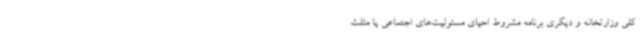
کلی وزارتخانه و دیگری برنامه مشروط احیای مسئولیت‌های اجتماعی یا مثلث